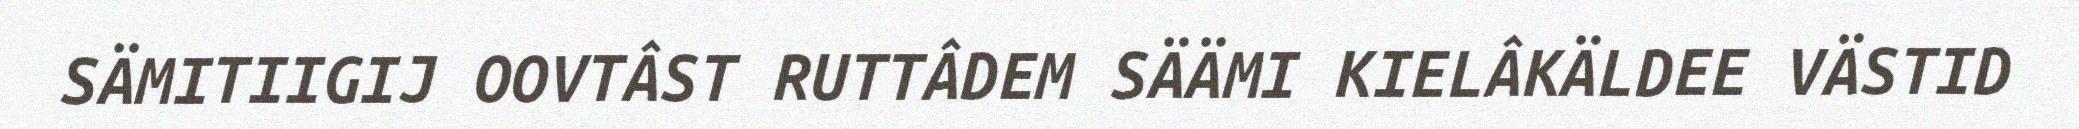
SÄMITIIGIJ OOVTÂST RUTTÂDEM SÄÄMI KIELÂKÄLDEE VÄSTID